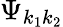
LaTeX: \Psi_{k_{1}k_{2}}